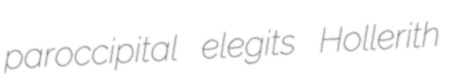
paroccipital elegits Hollerith